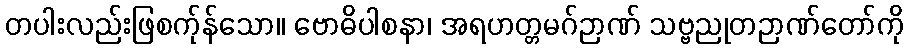
တပါးလည်းဖြစက်ုန်သော။ ဗောဓိပါစနာ၊ အရဟတ္တမဂ်ဉာဏ် သဗ္ဗညုတဉာဏ်တော်ကို